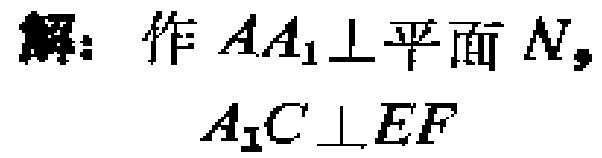
解：作 \(AA_{1}\perp\)平面\(N\)，
\(A_{1}C\perp EF\)